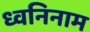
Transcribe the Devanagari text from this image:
ध्वनिनाम